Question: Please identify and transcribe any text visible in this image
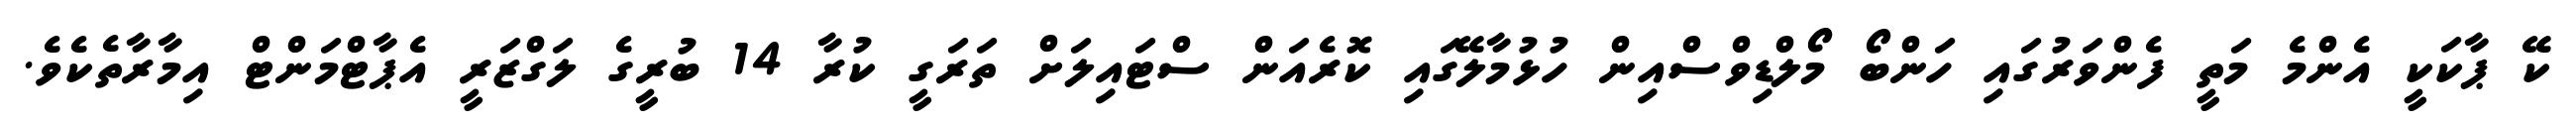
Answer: ކޭ ޕާކަކީ އެންމެ މަތީ ފެންވަރުގައި ހަންބޯ މޯލްޑިވްސްއިން ހުޅުމާލޭގައި ކޮރެއަން ސްޓައިލަށް ތަރަގީ ކުރާ 14 ބުރީގެ ލަގްޒަރީ އެޕާޓްމަންޓް އިމާރާތެކެވެ.